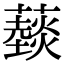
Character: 䕭